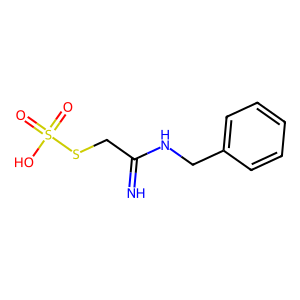
SMILES: N=C(CSS(=O)(=O)O)NCc1ccccc1
Inhibits HIV replication: No